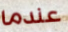
عندما